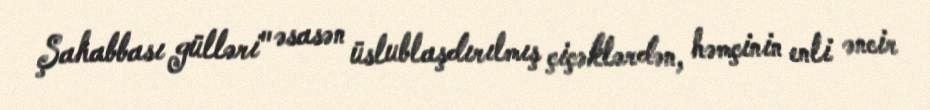
Şahabbası gülləri" əsasən üslublaşdırılmış çiçəklərdən, həmçinin enli əncir